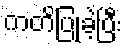
ကတိပြုခဲ့ပြီး